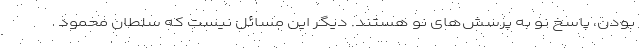
بودن، پاسخ نو به پرسش‌های نو هستند. دیگر این مسائل نیست که سلطان محمود